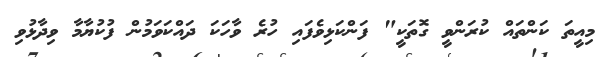
މިއީތަ ކަންތައް ކުރަންވީ ގޮތަކީ" ފަންކަޅިވެފައި ހުރެ ވާހަކަ ދައްކަވަމުން ފުކުޔާމާ ވިދާޅުވި